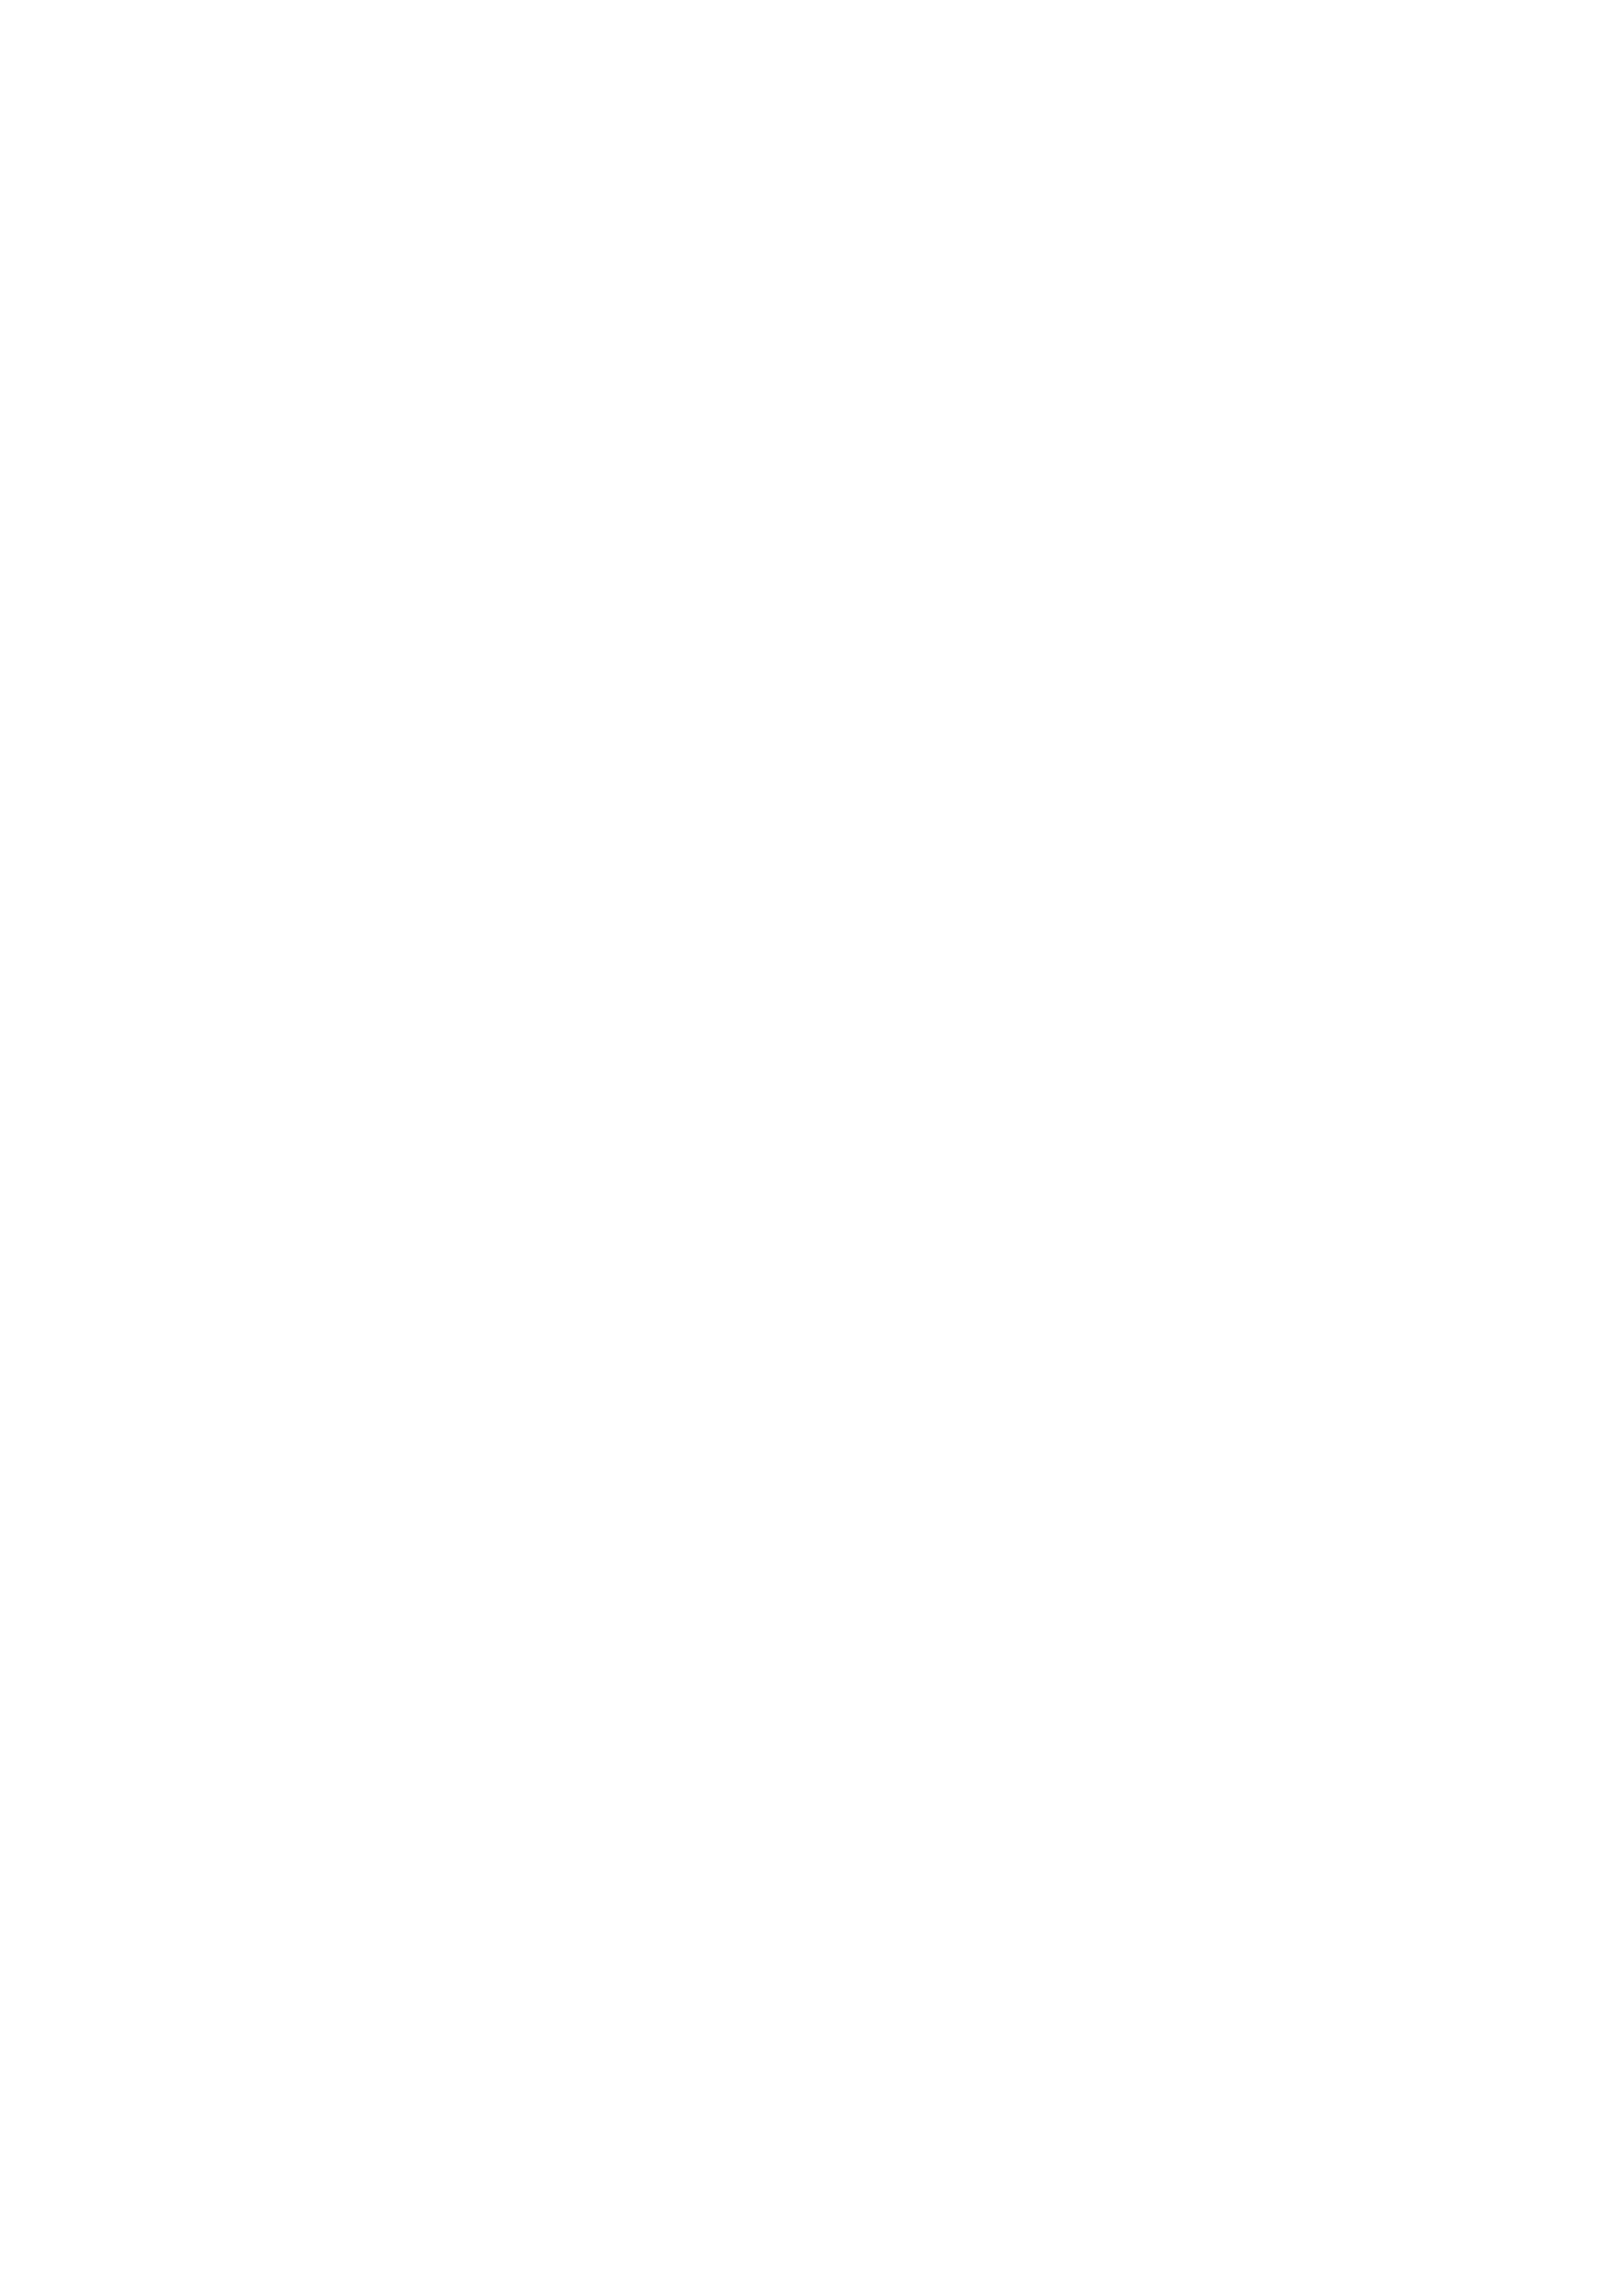
\vspace{30pt}\special{psfile=3-7.ps}